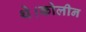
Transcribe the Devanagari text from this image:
थे।कोलीन